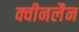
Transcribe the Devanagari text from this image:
क्वीनलैन